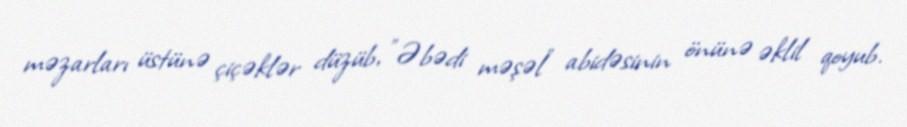
məzarları üstünə çiçəklər düzüb, "Əbədi məşəl" abidəsinin önünə əklil qoyub.